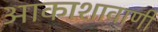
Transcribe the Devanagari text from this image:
आकाशावाणी